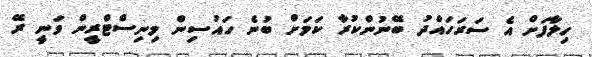
ހިލާފަށް އެ ސަރަހައްދު ބޭނުންކުރާ ކަމަށް ބުނެ ހައުސިން މިނިސްޓްރީން ވަނީ ރޭ